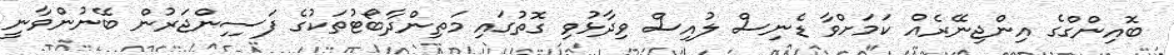
ބޮއިންގްގެ އިންޖިނޭރެއް ކަމަށްވާ ޑެނިސް ލުއިސް ވިދާޅުވި ގޮތުގައި މަތިންދާބޯޓުތަކުގެ ފަސިިންޖަރުން ބޭނުންވާނީ